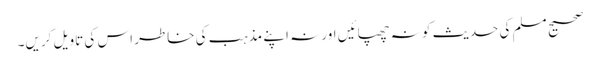
صحیح مسلم کی حدیث کو نہ چھپائیں اور نہ اپنے مذہب کی خاطر اس کی تاویل کریں۔